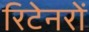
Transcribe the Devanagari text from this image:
रिटेनरों